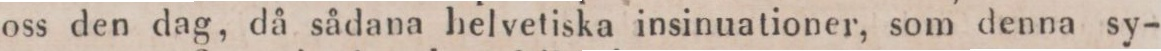
oss den dag, då sådana helvetiska insinuationer, som denna sy-